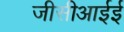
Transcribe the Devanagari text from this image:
जीसीआईई